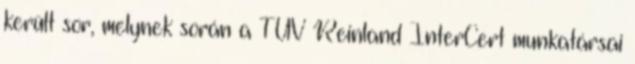
került sor, melynek során a TÜV Reinland InterCert munkatársai